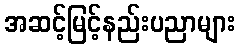
အဆင့်မြင့်နည်းပညာများ